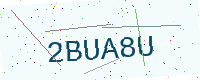
Text: 2BUA8U